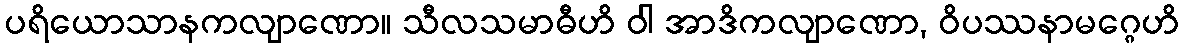
ပရိယောသာနကလျာဏော။ သီလသမာဓီဟိ ဝါ အာဒိကလျာဏော, ဝိပဿနာမဂ္ဂေဟိ